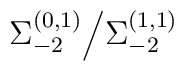
\Sigma_{-2}^{(0, 1)} \Big/ \Sigma_{-2}^{(1,1)}